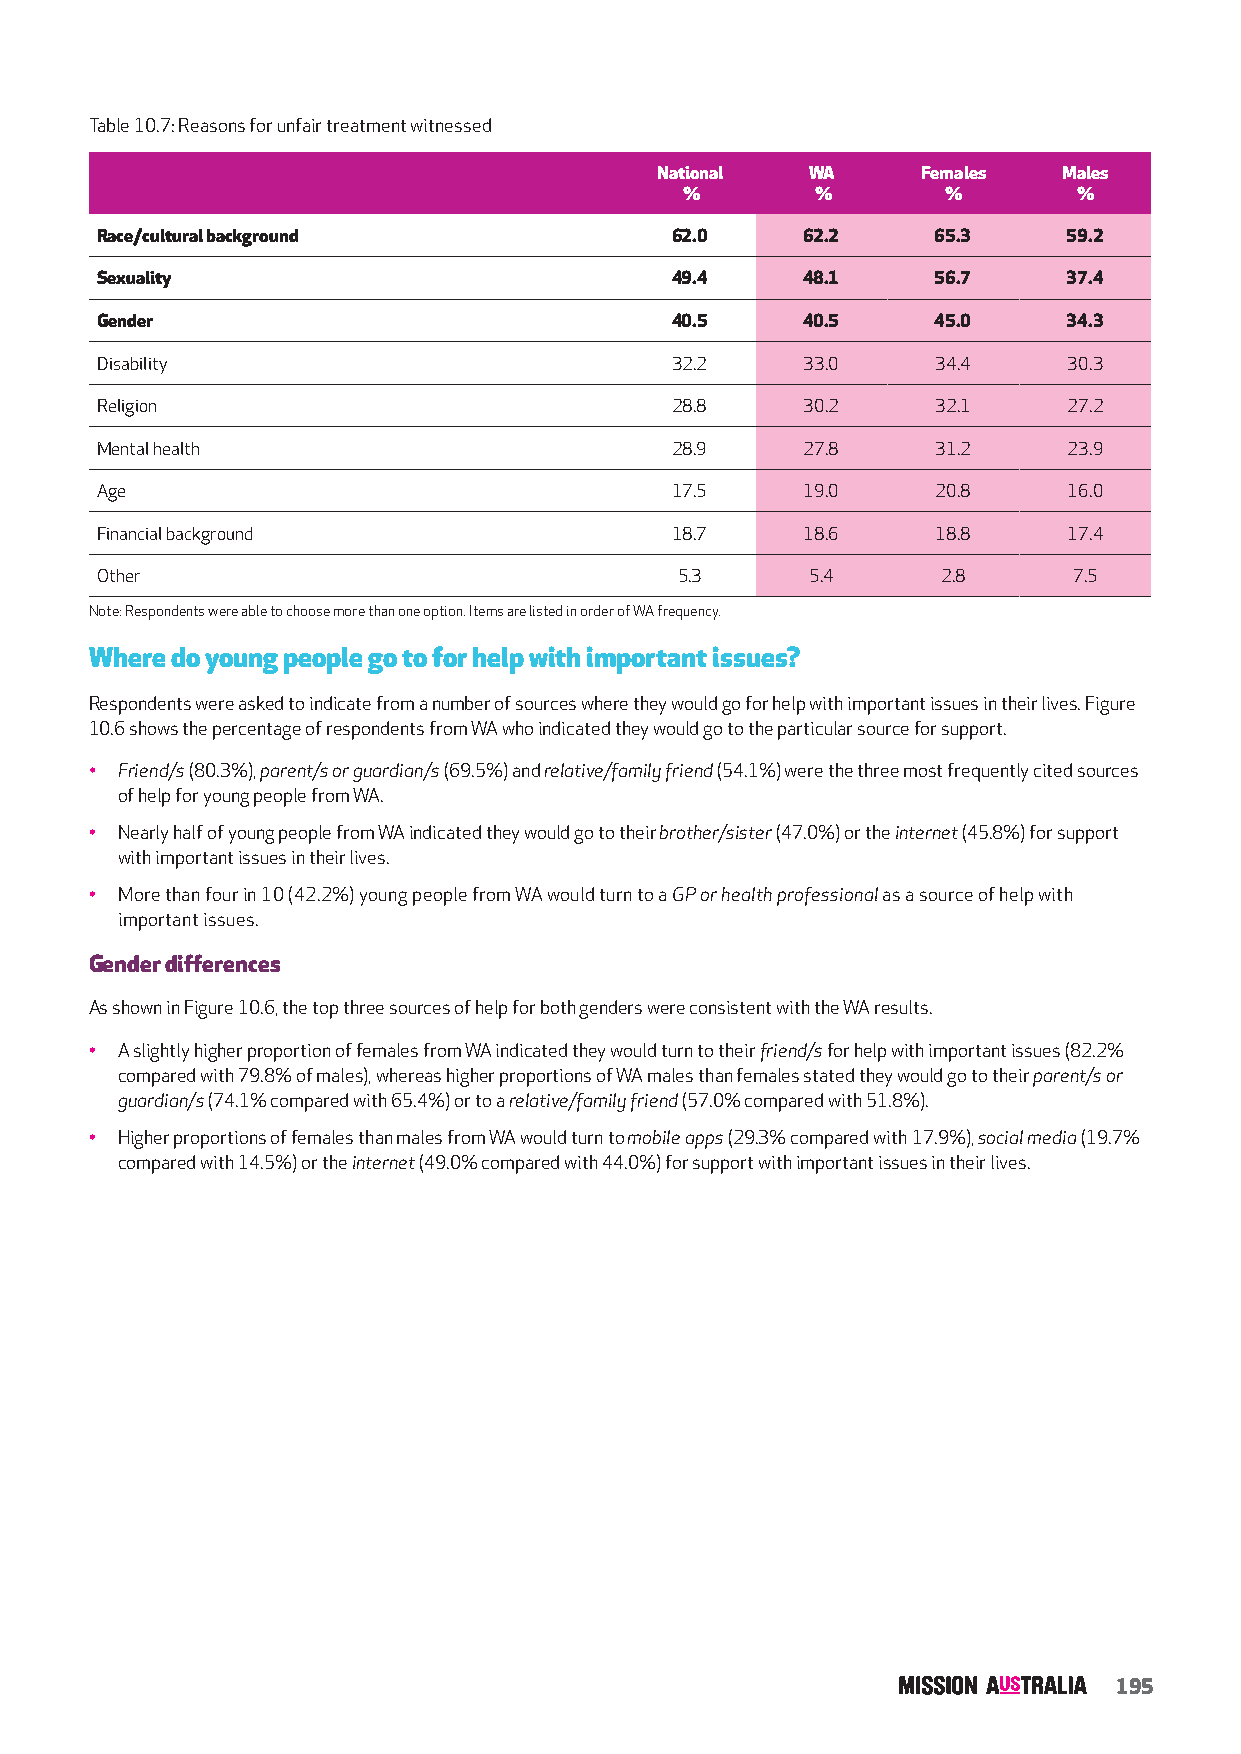
Table 10.7: Reasons for unfair treatment witnessed
 National   WA     Females  Males
 %        %        %       %
 Race/cultural background              62.0     62.2     65.3     59.2
 Sexuality                             49.4     48.1     56.7     37.4
 Gender                                40.5     40.5     45.0     34.3
 Disability                            32.2     33.0     34.4     30.3
 Religion                              28.8     30.2     32.1     27.2
 Mental health                         28.9     27.8     31.2     23.9
 Age                                   17.5     19.0     20.8     16.0
 Financial background                  18.7     18.6     18.8     17.4
 Other                                  5.3      5.4     2.8      7.5
 Note: Respondents were able to choose more than one option. Items are listed in order of WA frequency.
 Where do young people go to for help with important issues?
 Respondents were asked to indicate from a number of sources where they would go for help with important issues in their lives. Figure
 10.6 shows the percentage of respondents from WA who indicated they would go to the particular source for support.
 • Friend/s (80.3%), parent/s or guardian/s (69.5%) and relative/family friend (54.1%) were the three most frequently cited sources
 of help for young people from WA.
 • Nearly half of young people from WA indicated they would go to their brother/sister (47.0%) or the internet (45.8%) for support
 with important issues in their lives.
 • More than four in 10 (42.2%) young people from WA would turn to a GP or health professional as a source of help with
 important issues.
 Gender differences
 As shown in Figure 10.6, the top three sources of help for both genders were consistent with the WA results.
 • A slightly higher proportion of females from WA indicated they would turn to their friend/s for help with important issues (82.2%
 compared with 79.8% of males), whereas higher proportions of WA males than females stated they would go to their parent/s or
 guardian/s (74.1% compared with 65.4%) or to a relative/family friend (57.0% compared with 51.8%).
 • Higher proportions of females than males from WA would turn to mobile apps (29.3% compared with 17.9%), social media (19.7%
 compared with 14.5%) or the internet (49.0% compared with 44.0%) for support with important issues in their lives.
 195